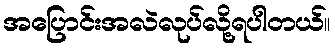
အပြောင်းအလဲလုပ်လို့ရပါတယ်။